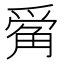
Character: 𪺔